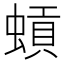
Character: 𫋐